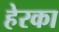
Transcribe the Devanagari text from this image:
हेरका